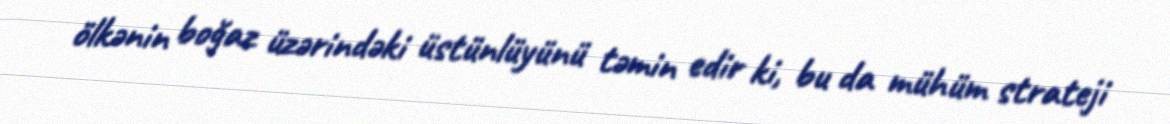
ölkənin boğaz üzərindəki üstünlüyünü təmin edir ki, bu da mühüm strateji